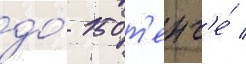
до́ 150 т'енг'е́ /